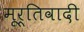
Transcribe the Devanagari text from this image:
मूर्तिवादी